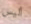
أليس